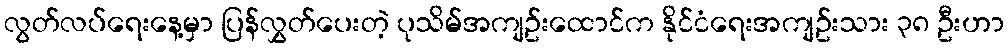
လွတ်လပ်ရေးနေ့မှာ ပြန်လွှတ်ပေးတဲ့ ပုသိမ်အကျဥ်းထောင်က နိုင်ငံရေးအကျဥ်းသား ၃၈ ဦးဟာ